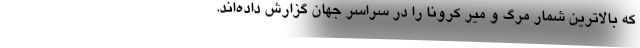
که بالاترین شمار مرگ و میر کرونا را در سراسر جهان گزارش داده‌اند.